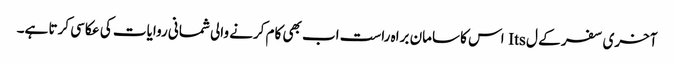
آخری سفر کے ل Its اس کا سامان براہ راست اب بھی کام کرنے والی شمانی روایات کی عکاسی کرتا ہے۔